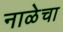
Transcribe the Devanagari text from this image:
नाळेचा